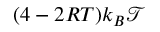
( 4 - 2 R T ) k _ { B } \mathcal { T }